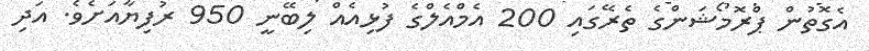
އެގޮތުން ޕްރޮމޯޝަންގެ ތެރޭގައި 200 އެމްއެލްގެ ފުޅިއެއް ލިބޭނީ 950 ރުފިޔާއަށެވެ. އަދި